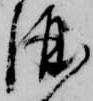
酒